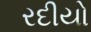
રદીયો